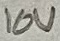
Text: 10V